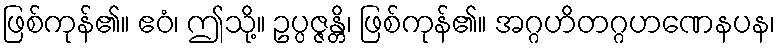
ဖြစ်ကုန်၏။ ဧဝံ၊ ဤသို့။ ဥပ္ပဇ္ဇန္တိ၊ ဖြစ်ကုန်၏။ အဂ္ဂဟိတဂ္ဂဟဏေနပန၊